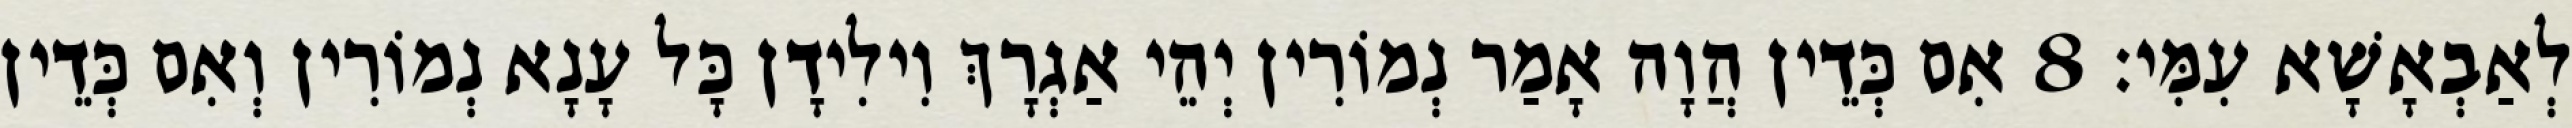
לְאַבְאָשָׁא עִמִּי׃ 8 אִם כְּדֵין הֲוָה אָמַר נְמוֹרִין יְהֵי אַגְרָךְ וִילִידָן כָּל עָנָא נְמוֹרִין וְאִם כְּדֵין